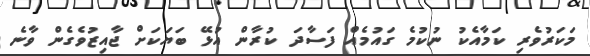
މަކަރުވެރި ކަމާއެކު ނުކުމެ ގައުމެއް ފަސާދަ ކުރާން އުޅޭ ބަޔަކަށް ޖާއިޒުވެގެން ވާނެ